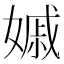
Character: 𡠽